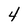
Character: 4